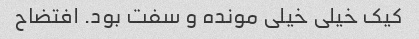
کیک خیلی خیلی مونده و سفت بود. افتضاح